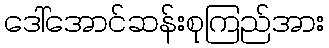
ဒေါ်အောင်ဆန်းစုကြည်အား